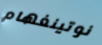
نوتينغهام